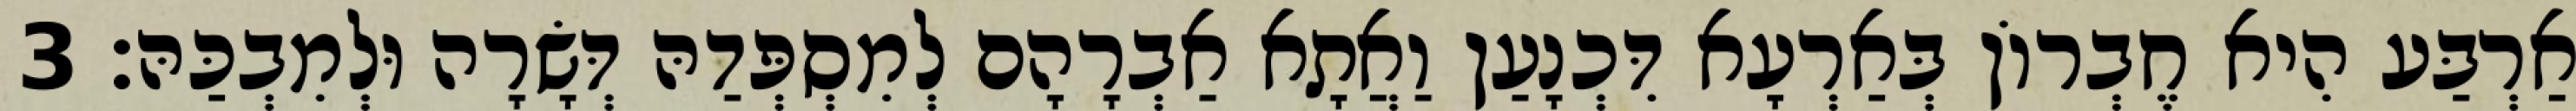
אַרְבַּע הִיא חֶבְרוֹן בְּאַרְעָא דִּכְנָעַן וַאֲתָא אַבְרָהָם לְמִסְפְּדַהּ דְּשָׂרָה וּלְמִבְכַּהּ׃ 3